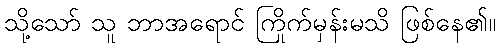
သို့သော် သူ ဘာအရောင် ကြိုက်မှန်းမသိ ဖြစ်နေ၏။